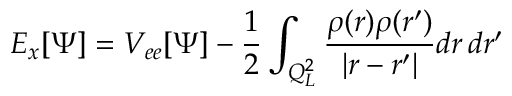
E _ { x } [ \Psi ] = V _ { e e } [ \Psi ] - \frac 1 2 \int _ { Q _ { L } ^ { 2 } } \frac { \rho ( r ) \rho ( r ^ { \prime } ) } { | r - r ^ { \prime } | } d r \, d r ^ { \prime }